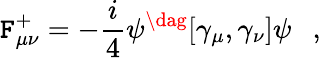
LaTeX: \mathtt{F}_{\mu\nu}^{+}=-\frac{{i}}{{4}}\psi^{\dag}[\gamma_{\mu},\gamma_{\nu}]\psi~~~,